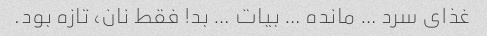
غذای سرد … مانده … بیات … بد! فقط نان، تازه بود.